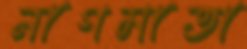
নাগমাতা